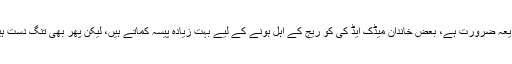
جس طرح میڈک ایڈ خاندانوں کے لئے ایک عظیم ذریعہ ضرورت ہے، بعض خاندان میڈک ایڈ کی کو ریج کے اہل ہونے کے لیے بہت زیادہ پیسہ کماتے ہیں، لیکن پھر بھی تنگ دست ہیں اور نجی انشورنس کے است طاعت نہیں رکھتے ۔